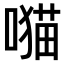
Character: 𫫯